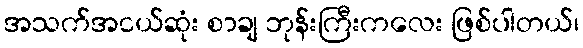
အသက်အငယ်ဆုံး စာချ ဘုန်းကြီးကလေး ဖြစ်ပါတယ်၊